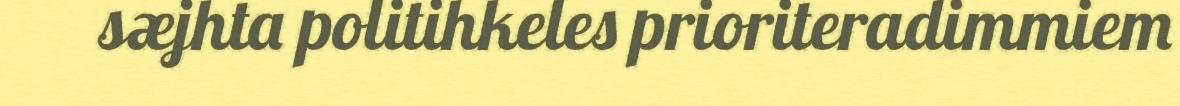
sæjhta politihkeles prioriteradimmiem